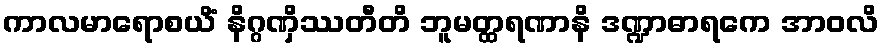
ကာလမာရောစယိံ နိဂ္ဂဏှိဿတီတိ ဘူမတ္ထရဏာနိ ဒဏ္ဍာဓာရကေ အာဝလိ